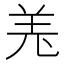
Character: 𦍑